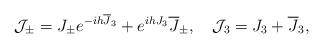
LaTeX: \begin{align*}{\cal J}_\pm = J_\pm e^{-ih{\overline J}_3}+e^{ihJ_3}{\overline J}_\pm, \quad {\cal J}_3 = J_3 + {\overline J}_3,\end{align*}